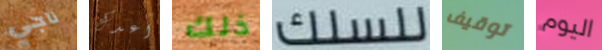
ناجي اعدك ذلك للسلك توقيف اليوم